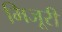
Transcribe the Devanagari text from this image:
मिजूरी